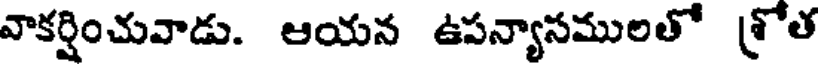
వాకర్షించువాడు. ఆయన ఉపన్యాసములతో శ్రోత